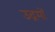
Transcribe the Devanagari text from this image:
उद्रमों